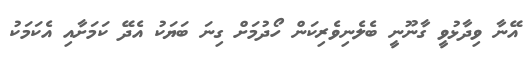
އޭނާ ވިދާޅުވީ ގާނޫނީ ބެލެނިވެރިކަން ހޯދުމަށް ގިނަ ބަޔަކު އެދޭ ކަމަށާއި އެކަމަކު